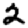
Digit: 2